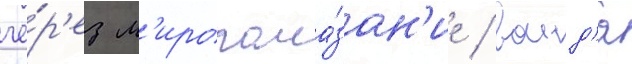
че́р'ез м'иропома́зан'ие / воид'я